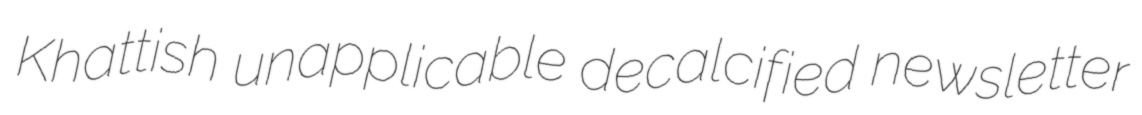
Khattish unapplicable decalcified newsletter